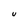
Character: U